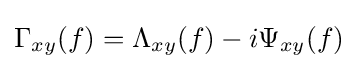
\Gamma _{xy}(f)=\Lambda _{xy}(f)-i\Psi _{xy}(f)